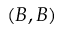
( B , B )